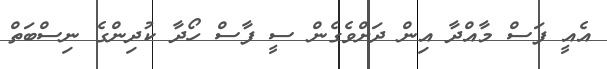
އެއީ ފަސް މާއްދާ އިން ދަށްވެގެން ސީ ފާސް ހޯދާ ކުދިންގެ ނިސްބަތް